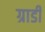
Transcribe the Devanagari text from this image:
ग्राडी